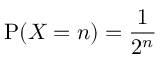
\operatorname { P } ( X = n ) = { \frac { 1 } { 2 ^ { n } } }